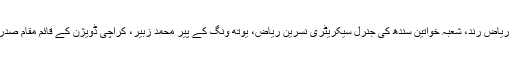
جلسے سے صوبائی صدر سید شہاب الدین شاہ حسینی ،سید محب علی شاہ لکیاری،ڈاکٹر ریاض رند، شعبہ خواتین سندھ کی جنرل سیکریٹری نسرین ریاض، یوتھ ونگ کے پیر محمد زبیر، کراچی ڈویژن کے قائم مقام صدر اسلم مینائی،لاڑکانہ ڈویژن کے صدر منظور گورڑودیگر رہنماؤں نے بھی خطاب کیا۔